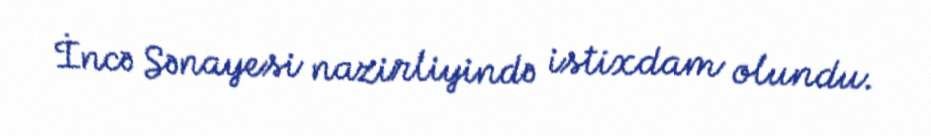
İncə Sənayesi nazirliyində istixdam olundu.